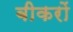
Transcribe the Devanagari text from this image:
बीकरों